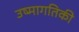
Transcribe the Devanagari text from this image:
उष्‍मागतिकी